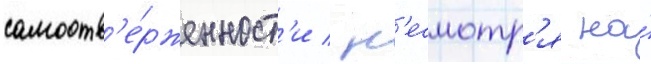
самоотв'е́рженност'и / н'есмотр'я на́